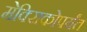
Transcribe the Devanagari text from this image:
मेक्सिकोपर्यंत